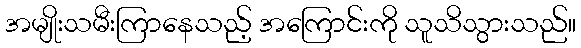
အမျိုးသမီးကြာနေသည့် အကြောင်းကို သူသိသွားသည်။